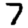
Digit: 7